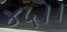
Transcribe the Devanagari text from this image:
४५।।